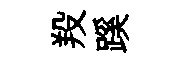
羖蹊